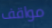
مواقف